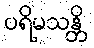
ပရိမသန္တိ